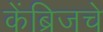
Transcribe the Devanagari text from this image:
केंब्रिजचे